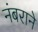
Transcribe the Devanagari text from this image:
नंबराने